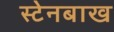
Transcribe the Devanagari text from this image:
स्टेनबाख